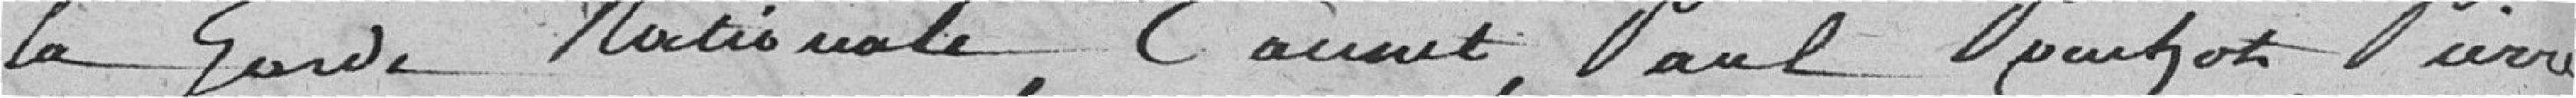
la garde Nationale, Caumet, Paul Pousoth, Pierre